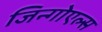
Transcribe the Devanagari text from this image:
जिन्गोएल्स